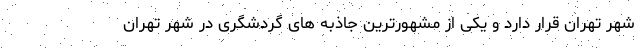
شهر تهران قرار دارد و یکی از مشهورترین جاذبه های گردشگری در شهر تهران